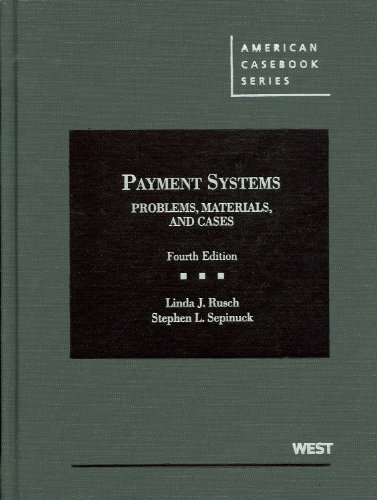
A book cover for Payment Systems: Problems, Materials, and Cases (American Casebook Series); Linda Rusch; Law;